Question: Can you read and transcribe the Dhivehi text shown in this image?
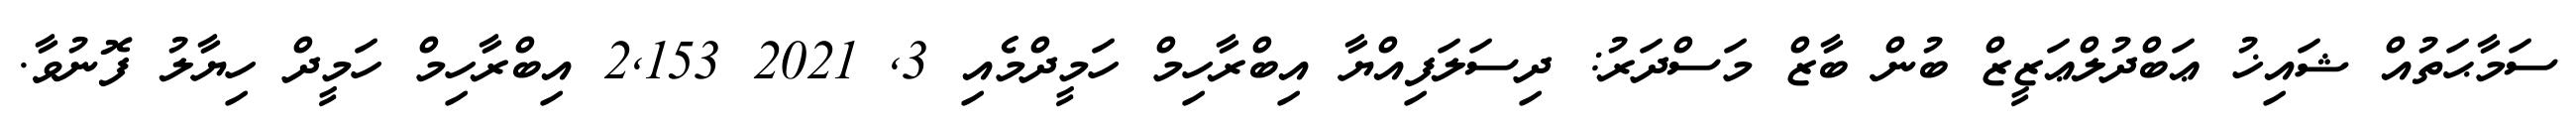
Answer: ސަމާޙަތުއް ޝައިޚު ޢަބްދުލްޢަޒީޒް ބުން ބާޒް މަސްދަރު: ދިސަލަފިއްޔާ އިބްރާހިމް ހަމީދްމެއި 3, 2021 2,153 އިބްރާހިމް ހަމީދް ހިޔާލު ފޮނުވާ.